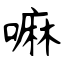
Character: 嘛